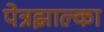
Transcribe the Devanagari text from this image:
पेत्रझाल्का